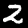
Label: 2